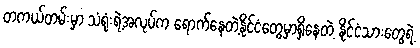
တကယ်တမ်းမှာ သံရုံးရဲ့အလုပ်က ရောက်နေတဲ့နိုင်ငံတွေမှာရှိနေတဲ့ နိုင်ငံသားတွေရဲ့